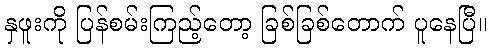
နှဖူးကို ပြန်စမ်းကြည့်တော့ ခြစ်ခြစ်တောက် ပူနေပြီ။